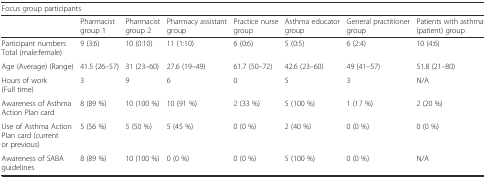
<table><thead><tr><td colspan="8"><b>Focus group participants</b></td></tr><tr><td></td><td><b>Pharmacist group 1</b></td><td><b>Pharmacist group 2</b></td><td><b>Pharmacy assistant group</b></td><td><b>Practice nurse group</b></td><td><b>Asthma educator group</b></td><td><b>General practitioner group</b></td><td><b>Patients with asthma (patient) group</b></td></tr></thead><tbody><tr><td>Participant numbers Total (male:female)</td><td>9 (3:6)</td><td>10 (0:10)</td><td>11 (1:10)</td><td>6 (0:6)</td><td>5 (0:5)</td><td>6 (2:4)</td><td>10 (4:6)</td></tr><tr><td>Age (Average) (Range)</td><td>41.5 (26–57)</td><td>31 (23–60)</td><td>27.6 (19–49)</td><td>61.7 (50–72)</td><td>42.6 (23–60)</td><td>49 (41–57)</td><td>51.8 (21–80)</td></tr><tr><td>Hours of work (Full time)</td><td>3</td><td>9</td><td>6</td><td>0</td><td>5</td><td>3</td><td>N/A</td></tr><tr><td>Awareness of Asthma Action Plan card</td><td>8 (89 %)</td><td>10 (100 %)</td><td>10 (91 %)</td><td>2 (33 %)</td><td>5 (100 %)</td><td>1 (17 %)</td><td>2 (20 %)</td></tr><tr><td>Use of Asthma Action Plan card (current or previous)</td><td>5 (56 %)</td><td>5 (50 %)</td><td>5 (45 %)</td><td>0 (0 %)</td><td>2 (40 %)</td><td>0 (0 %)</td><td>0 (0 %)</td></tr><tr><td>Awareness of SABA guidelines</td><td>8 (89 %)</td><td>10 (100 %)</td><td>0 (0 %)</td><td>0 (0 %)</td><td>5 (100 %)</td><td>0 (0 %)</td><td>N/A</td></tr></tbody></table>